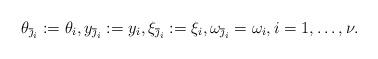
LaTeX: \begin{align*}\theta_{\overline{\jmath}_i}:=\theta_i,y_{\overline{\jmath}_i}:=y_{i}, \xi_{\overline{\jmath}_i}:=\xi_i, \omega_{\overline{\jmath}_i}=\omega_i, i=1,\dots, \nu.\end{align*}